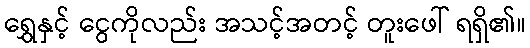
ရွှေနှင့် ငွေကိုလည်း အသင့်အတင့် တူးဖေါ် ရရှိ၏။